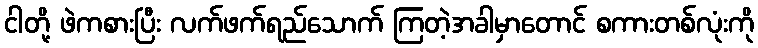
ငါတို့ ဖဲကစားပြီး လက်ဖက်ရည်သောက် ကြတဲ့အခါမှာတောင် စကားတစ်လုံးကို